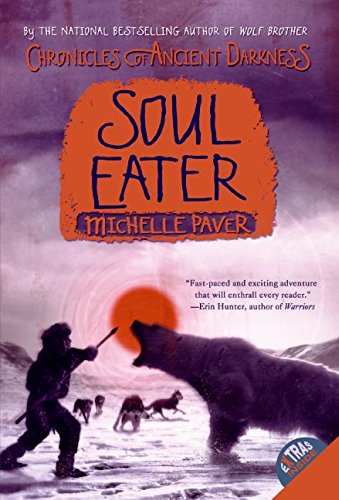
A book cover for Chronicles of Ancient Darkness #3: Soul Eater; Michelle Paver; Children's Books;